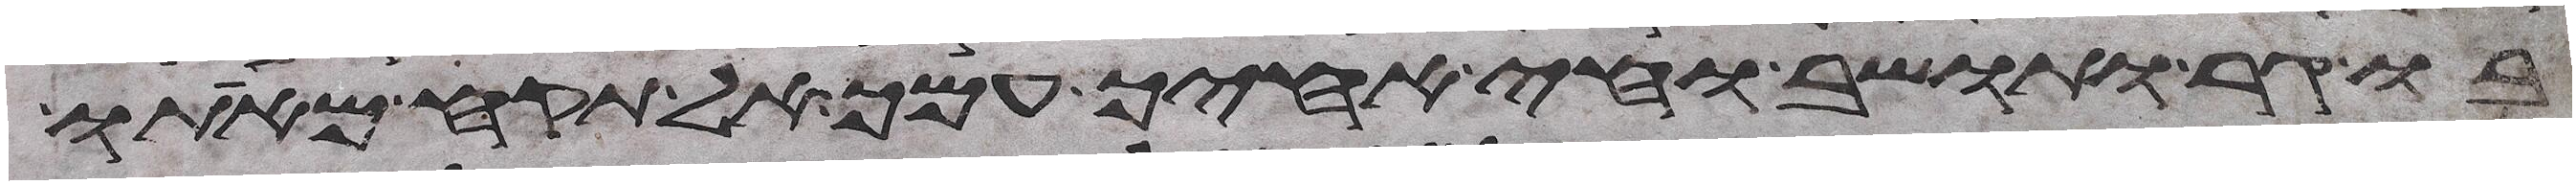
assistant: בו גר ותושב וחי אחיך עמך אל תקח מאתו